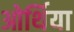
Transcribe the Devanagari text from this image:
ओर्थिया